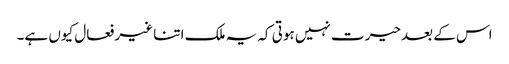
اس کے بعدحیرت نہیں ہوتی کہ یہ ملک اتنا غیر فعال کیوں ہے۔